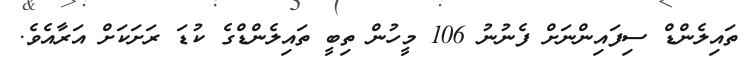
ތައިލެންޑް ސިފައިންނަށް ފެނުނު 106 މީހުން ތިބީ ތައިލެންޑްގެ ކުޑަ ރަށަކަށް އަރާއެވެ.